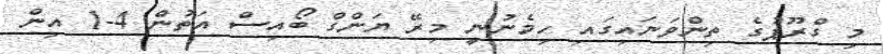
މި ގްރޫޕުގެ ތިންވަނައިގައި ހިމެނުނީ މިރޭ ޔަންގް ބޯއިސް އަތުން 4-1 އިން